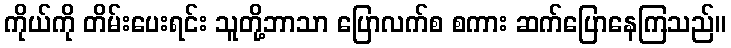
ကိုယ်ကို တိမ်းပေးရင်း သူတို့ဘာသာ ပြောလက်စ စကား ဆက်ပြောနေကြသည်။